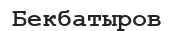
Бекбатыров